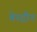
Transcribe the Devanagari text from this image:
वेरट्रीन